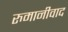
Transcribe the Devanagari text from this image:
रुमानीवाद